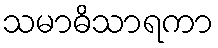
သမာဓိသာရကာ